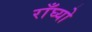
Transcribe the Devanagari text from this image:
राँघ्यो